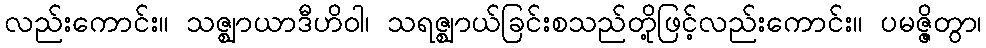
လည်းကောင်း။ သဇ္ဈာယာဒီဟိဝါ၊ သရဇ္ဈာယ်ခြင်းစသည်တို့ဖြင့်လည်းကောင်း။ ပမဇ္ဇိတွာ၊